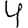
Digit: 4